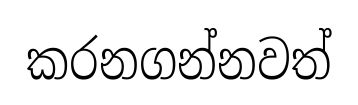
කරනගන්නවත්